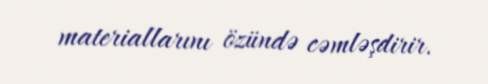
materiallarını özündə cəmləşdirir.